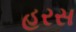
હરસ